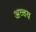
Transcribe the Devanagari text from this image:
अव्वय